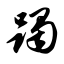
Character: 髑